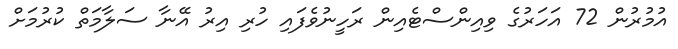
އުމުރުން 72 އަހަރުގެ ވިއިންސްޓެއިން ރަހީނުވެފައި ހުރި އިރު އޭނާ ސަލާމަތް ކުރުމަށް